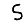
Digit: 5